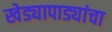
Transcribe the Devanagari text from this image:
खेड्यापाड्यांचा